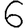
Digit: 6